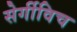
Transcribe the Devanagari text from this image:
सेर्गीविच